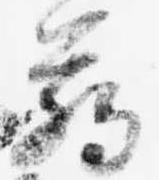
臈